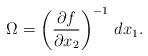
LaTeX: \begin{align*}\Omega=\left(\frac{\partial f}{\partial x_2}\right)^{-1}\,dx_1.\end{align*}